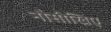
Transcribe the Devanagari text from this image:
नौसीखिए